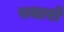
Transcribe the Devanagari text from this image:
पथारो